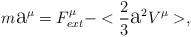
LaTeX: \begin{align*}m\hbox{\Large a}^{\mu}=F^{\mu}_{ext}-<\frac{2}{3}{\hbox{\Large a}}^{2}V^{\mu}>,\end{align*}